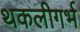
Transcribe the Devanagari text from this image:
थकलीगर्भ